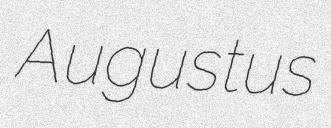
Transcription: Augustus